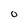
Character: 0